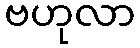
ဗဟုလာ